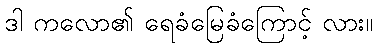
ဒါ ကလော၏ ရေခံမြေခံကြောင့် လား။